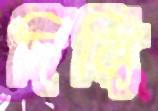
দিব্যি